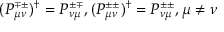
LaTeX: ( P _ { \mu \nu } ^ { \mp \pm } ) ^ { \dag } = P _ { \nu \mu } ^ { \pm \mp } , ( P _ { \mu \nu } ^ { \pm \pm } ) ^ { \dag } = P _ { \nu \mu } ^ { \pm \pm } , \mu \neq \nu